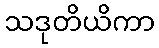
သဒုတိယိကာ